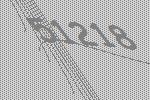
51218